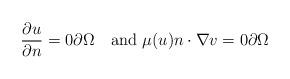
LaTeX: \begin{align*}\frac{\partial u}{\partial n}=0\partial\Omega\quad\hbox{and } \mu(u)n\cdot\nabla v=0\partial\Omega \end{align*}